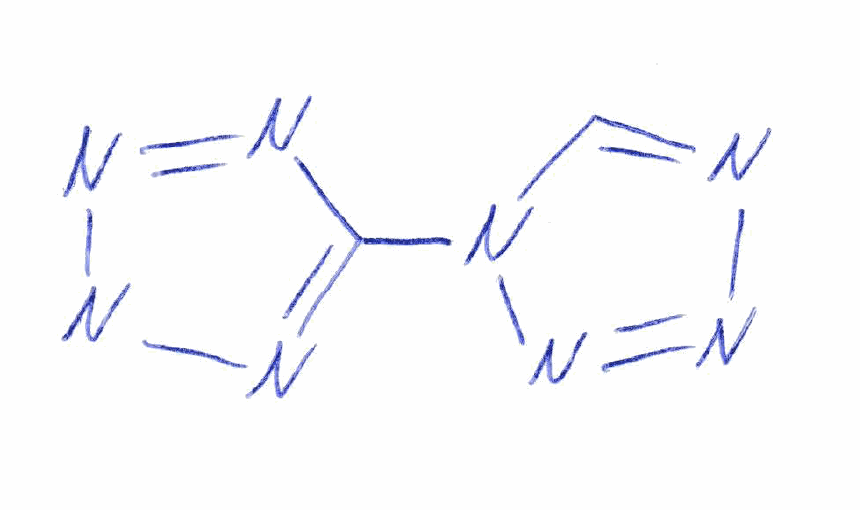
Simplified molecular-input line-entry system (SMILES) notation of the given molecule:
C1=NN=NN1C2=NNN=N2